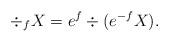
LaTeX: \begin{align*}\div_{f} X = e^{f} \div (e^{-f} X).\end{align*}